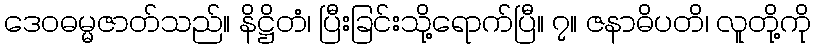
ဒေဝဓမ္မဇာတ်သည်။ နိဋ္ဌိတံ၊ ပြီးခြင်းသို့ရောက်ပြီ။ ၇။ ဇနာဓိပတိ၊ လူတို့ကို